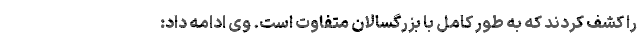
را کشف کردند که به طور کامل با بزرگسالان متفاوت است. وی ادامه داد: